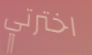
اخترتي